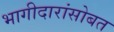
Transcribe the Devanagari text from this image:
भागीदारांसोबत